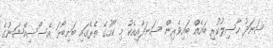
ސަނަދު ހާސިލުކުރި ބައެއް ބައިވެރިން ސަނަދާއިއެކު މި ކޯހުގެ ތެރޭގައި ބަށިބޯޅަ އެސޯސިއޭޝަނުގެ